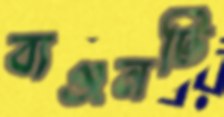
ব্যঞ্জনটি